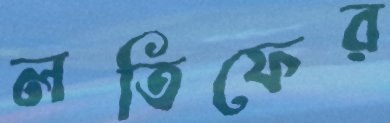
লতিফের